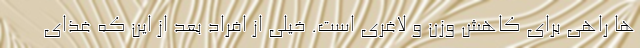
ها راهی برای کاهش وزن و لاغری است. خیلی از افراد بعد از این که غذای